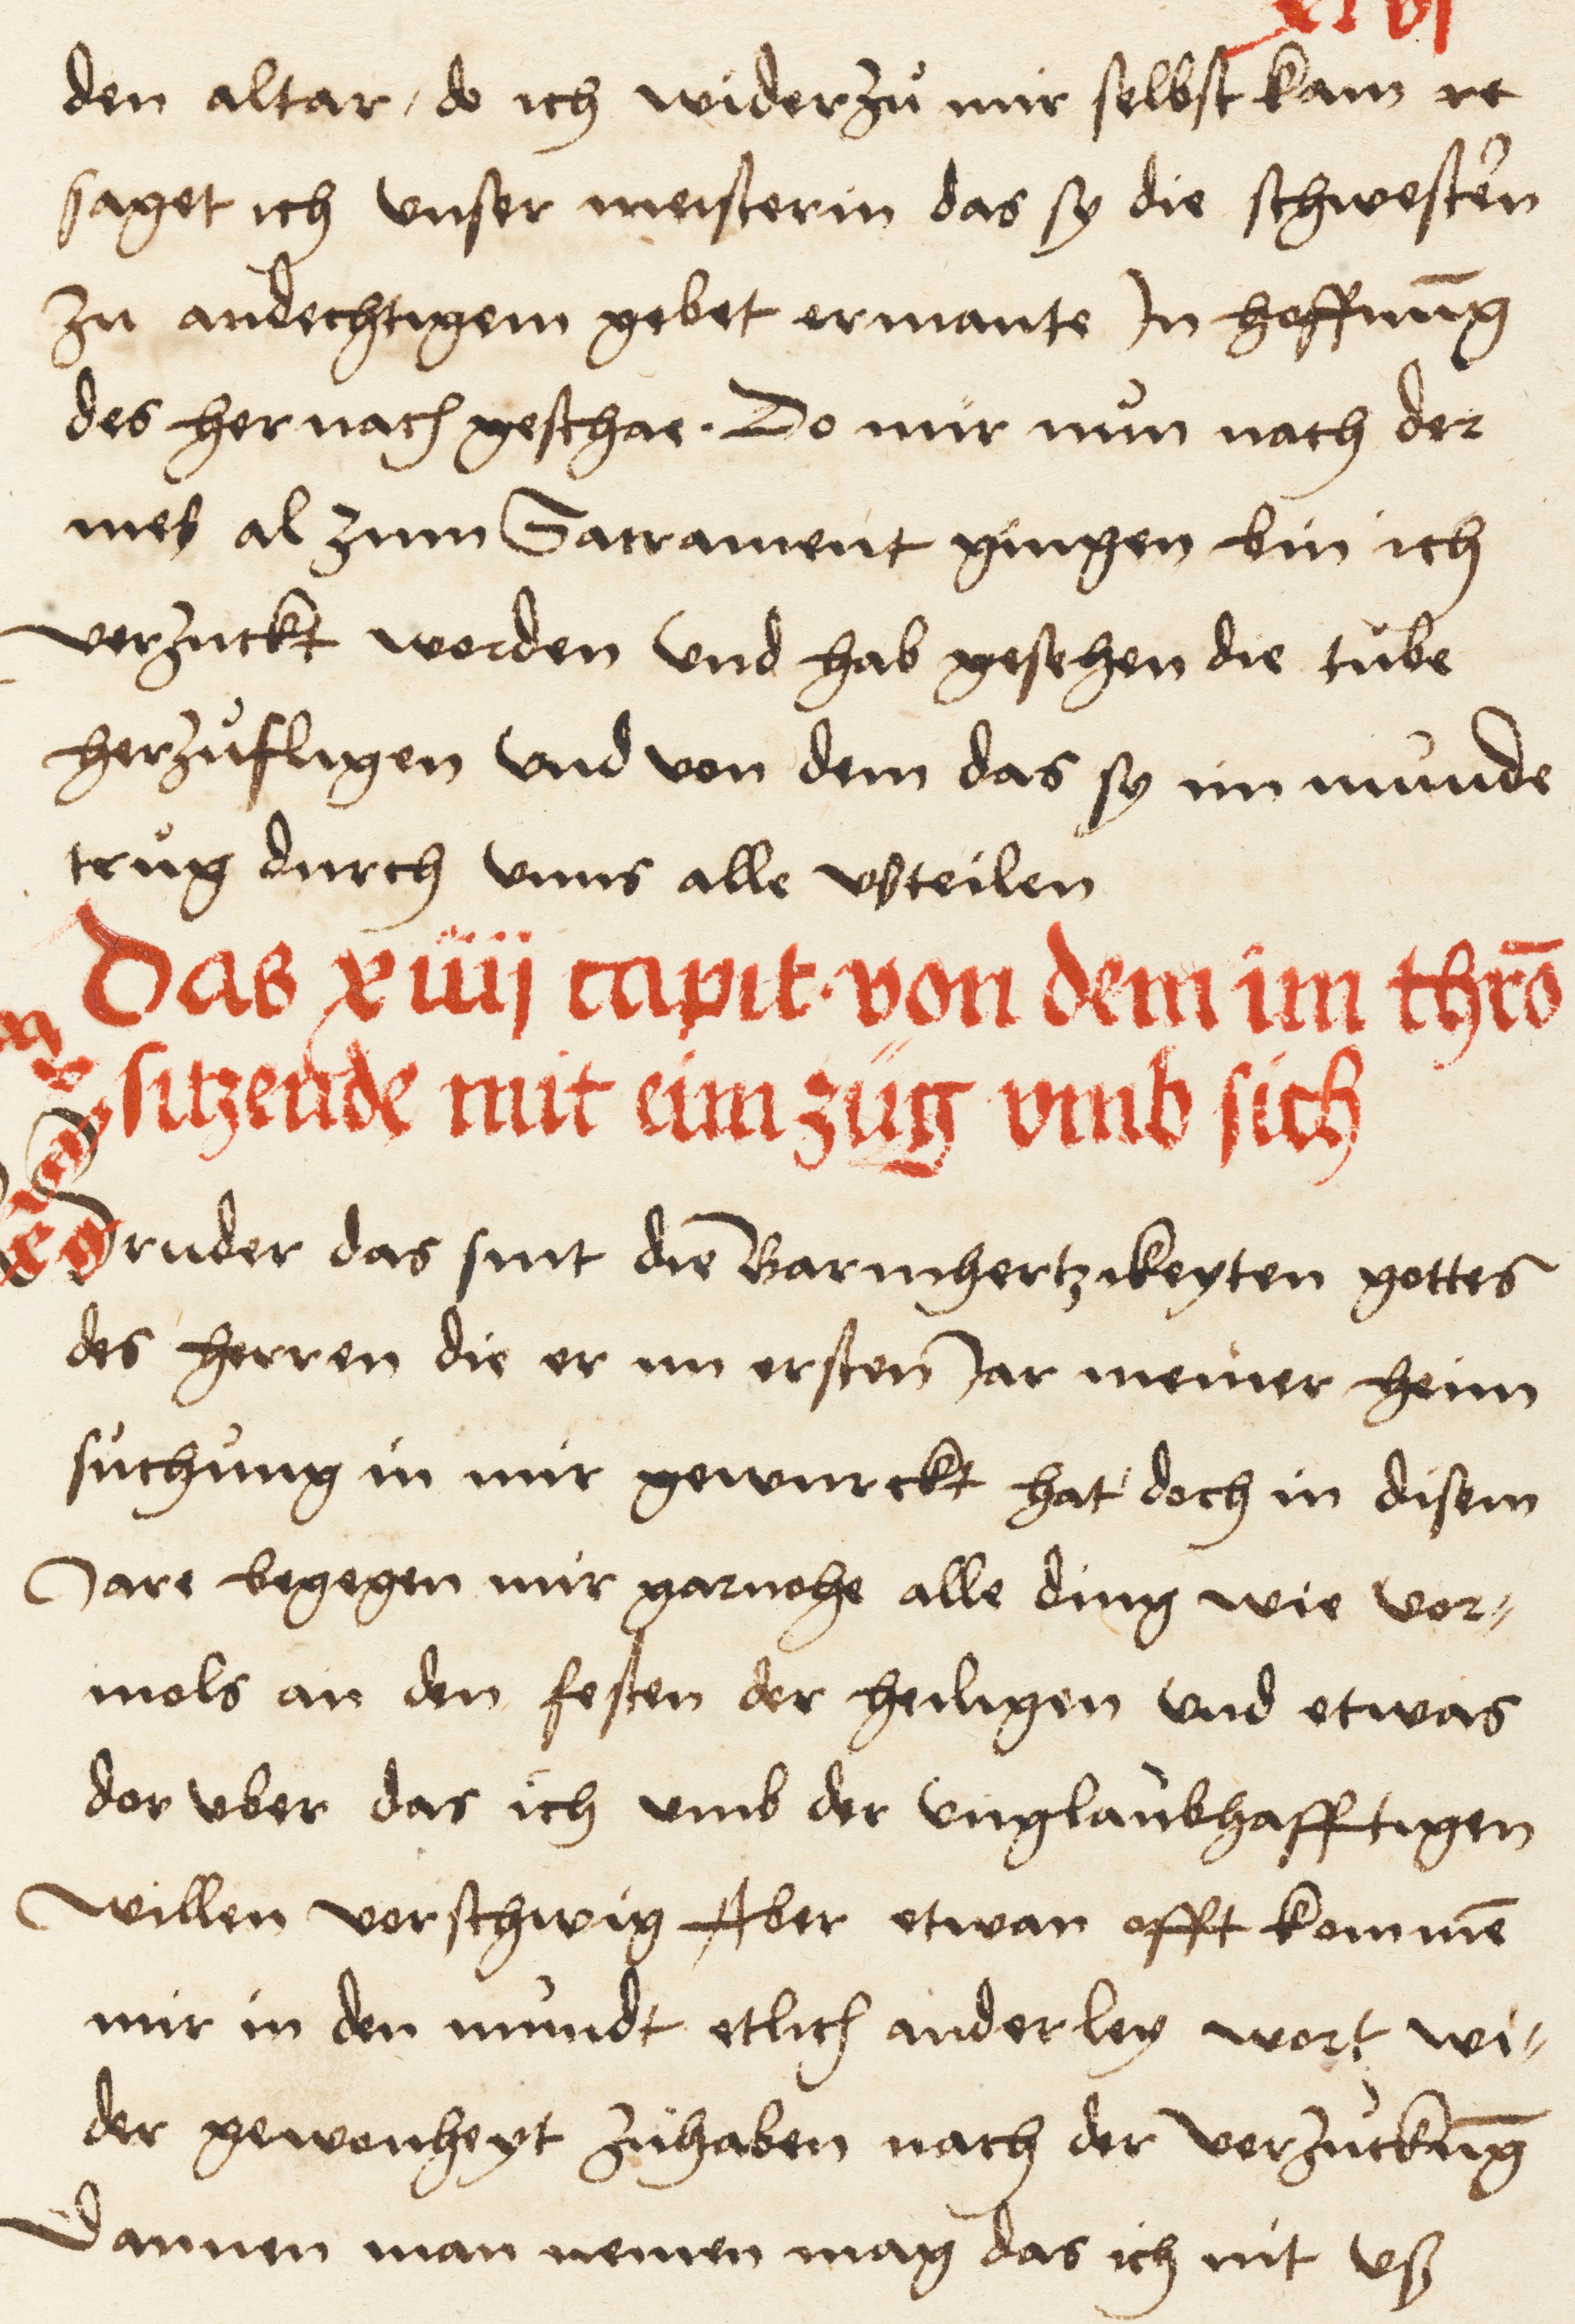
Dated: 1516–1517